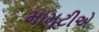
મામૂટીએ